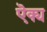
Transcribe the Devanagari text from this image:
ऎक्य